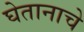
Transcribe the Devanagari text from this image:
घेतानाचे